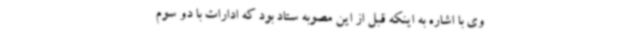
وی با اشاره به اینکه قبل از این مصوبه ستاد بود که ادارات با دو سوم